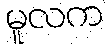
မူလက